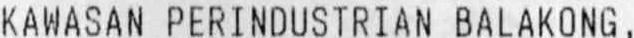
KWANSAN PERINDUSTRIAN BLANKONG,